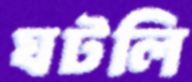
ঘটলি